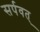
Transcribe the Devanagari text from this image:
सर्पवत्